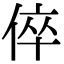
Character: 倅